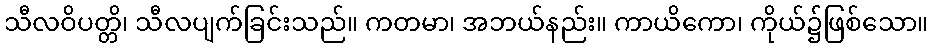
သီလဝိပတ္တိ၊ သီလပျက်ခြင်းသည်။ ကတမာ၊ အဘယ်နည်း။ ကာယိကော၊ ကိုယ်၌ဖြစ်သော။